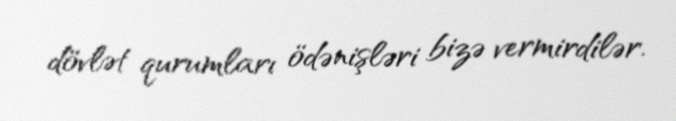
dövlət qurumları ödənişləri bizə vermirdilər.